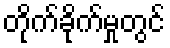
တိုက်ခိုက်မှုတွင်